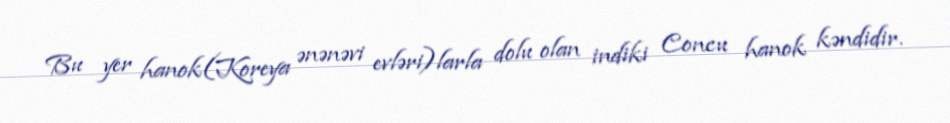
Bu yer hanok(Koreya ənənəvi evləri)larla dolu olan indiki Concu hanok kəndidir.